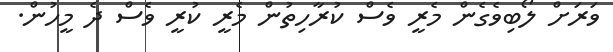
ވަރަށް ލޯބިވެގެން މެރީ ވެސް ކުރާހިތުން މެރީ ކުރީ ވެސް ދެ މީހުން.